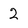
Character: 2